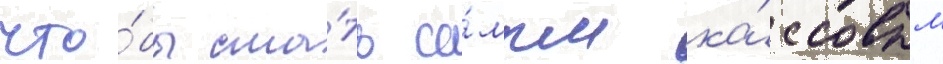
что́бы ста́ть са́мым ка́ссовым